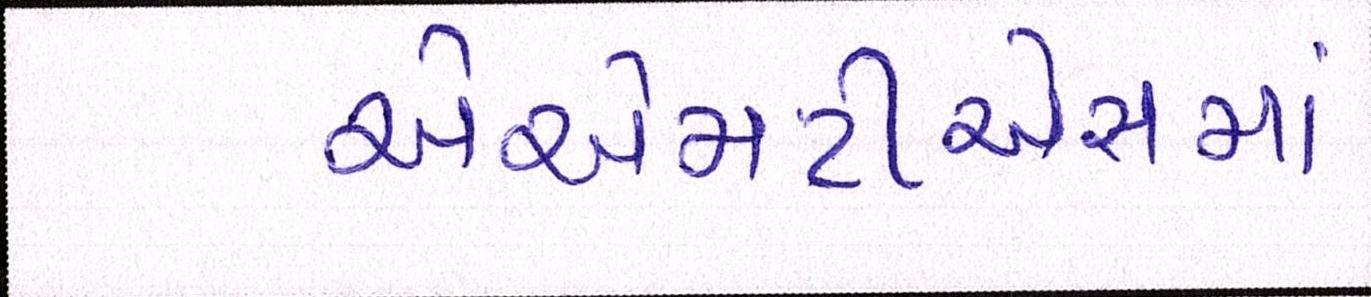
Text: એએમટીએસમાં